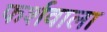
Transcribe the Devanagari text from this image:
फर्शवाला